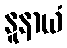
နူနာယံ